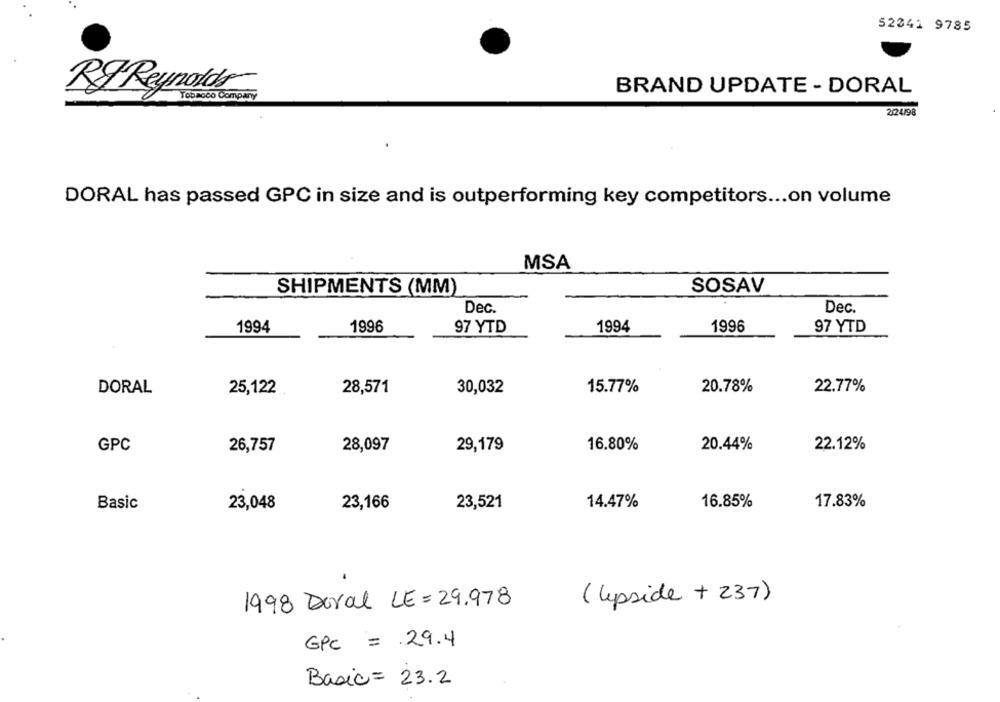
52341 9785
BRAND UPDATE - DORAL
RF Reynolds
2/24/98
DORAL has passed GPC in size and is outperforming key competitors ... on volume
MSA
SHIPMENTS (MM)
SOSAV
Dec.
Dec.
1994
1996
97 YTD
1994
1996
97 YTD
DORAL
25,122
28,571
30,032
15.77%
20.78%
22.77%
GPC
26,757
28,097
29,179
16.80%
20.44%
22.12%
Basic
23,048
23,166
23,521
14.47%
16.85%
17.83%
1998 Doral LE=29.978
(lepside + 237)
GPC = 29.4
Basic = 23.2